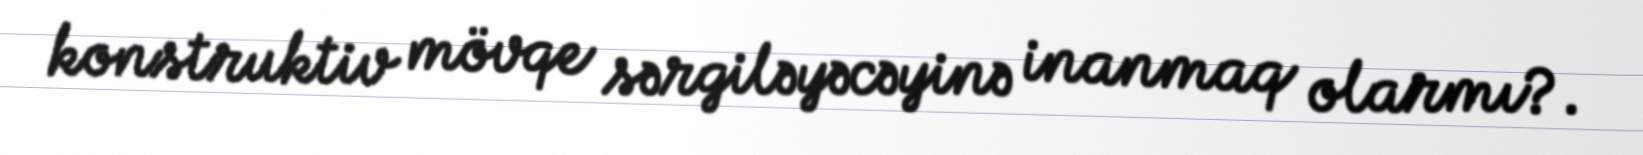
konstruktiv mövqe sərgiləyəcəyinə inanmaq olarmı?.